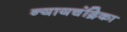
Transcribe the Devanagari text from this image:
न्यायचंद्रिका